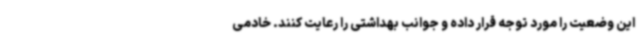
این وضعیت را مورد توجه قرار داده و جوانب بهداشتی را رعایت کنند. خادمی